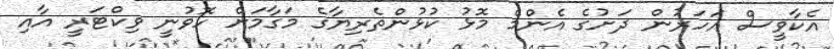
އެކާވީސް އަހަރުން ދަށުގެ އެންމެ މޮޅު ކުޅުންތެރިޔާގެ މަގާމަށް ހޮވުނީ ވިކްޓަރީ އާއި